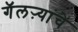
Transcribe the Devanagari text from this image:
गॅलऱ्यांचे